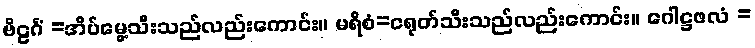
ဗိဠင်္ဂံ =အိပ်မွေ့သီးသည်လည်းကောင်း။ မရိစံ=ငရုတ်သီးသည်လည်းကောင်း။ ဂေါဋ္ဌဖလံ =